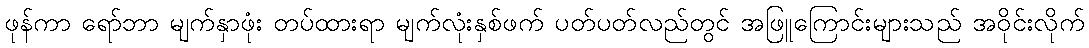
ဖုန်ကာ ရော်ဘာ မျက်နှာဖုံး တပ်ထားရာ မျက်လုံးနှစ်ဖက် ပတ်ပတ်လည်တွင် အဖြူကြောင်းများသည် အဝိုင်းလိုက်